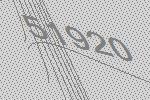
51920